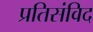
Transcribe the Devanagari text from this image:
प्रतिसंविद